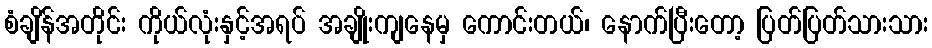
စံချိန်အတိုင်း ကိုယ်လုံးနှင့်အရပ် အချိုးကျနေမှ ကောင်းတယ်၊ နောက်ပြီးတော့ ပြတ်ပြတ်သားသား